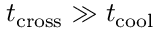
t _ { \mathrm { c r o s s } } \gg t _ { \mathrm { c o o l } }